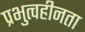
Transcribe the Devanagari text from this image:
प्रभुत्वहीनता